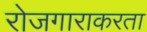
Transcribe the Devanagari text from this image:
रोजगाराकरता